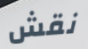
نقش